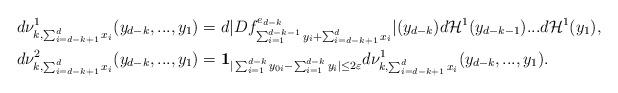
LaTeX: \begin{align*}&d\nu^1_{k,\sum_{i=d-k+1}^{d}x_i}(y_{d-k},...,y_1)=d|Df^{e_{d-k}}_{\sum_{i=1}^{d-k-1}y_i+\sum_{i=d-k+1}^{d}x_i}|(y_{d-k})d\mathcal{H}^1(y_{d-k-1})...d\mathcal{H}^1(y_1),\\& d\nu^2_{k,\sum_{i=d-k+1}^{d}x_i}(y_{d-k},...,y_1)=\mathbf{1}_{|\sum_{i=1}^{d-k}y_{0i}-\sum_{i=1}^{d-k}y_i|\leq 2\varepsilon}d\nu^1_{k,\sum_{i=d-k+1}^{d}x_i}(y_{d-k},...,y_1).\end{align*}